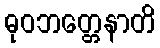
ဓုဝဘတ္တေနာတိ